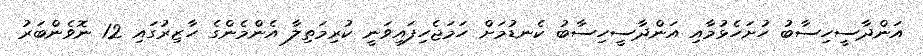
އަންދާސީހިސާބު ހުށަހެޅުމާއި އަންދާސީހިސާބު ކެނޑުމަށް ހަމަޖެހިފައިވަނީ ކުރިމަތިލާ އެންމެންގެ ހާޒިރުގައި 12 ނޮވެންބަރު